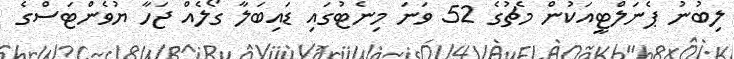
ލިބުނު ޕެނަލްޓީއަކުން މެޗުގެ 52 ވަނަ މިނެޓުގައި ޑައިބަލާ ގޯލެއް ޖަހާ ޔުވެންޓަސްގެ